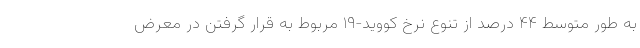
به طور متوسط ۴۴ درصد از تنوع نرخ کووید-۱۹ مربوط به قرار گرفتن در معرض